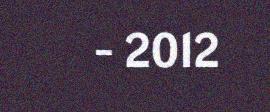
- 2012